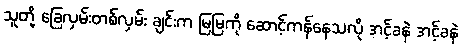
သူတို့ ခြေလှမ်းတစ်လှမ်း ချင်းက မြမြကို ဆောင့်ကန်နေသလို အင့်ခနဲ အင့်ခနဲ